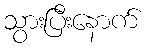
သွားပြီးနောက်